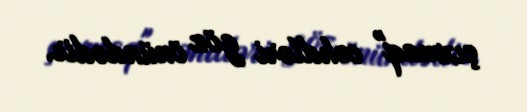
çıxmaq" cəhdləri göz önündədir.